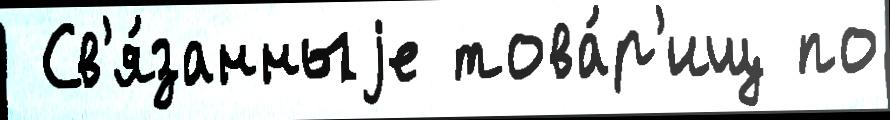
 Св'я́занныjе това́р'ищ по